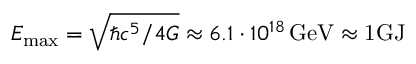
E _ { \mathrm { m a x } } = \sqrt { \hbar c ^ { 5 } / 4 G } \approx 6 . 1 \cdot 1 0 ^ { 1 8 } \, \mathrm { G e V \approx 1 G J }